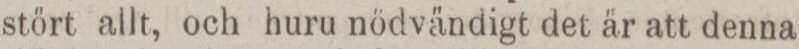
stört allt, och huru nödvändigt det är att denna